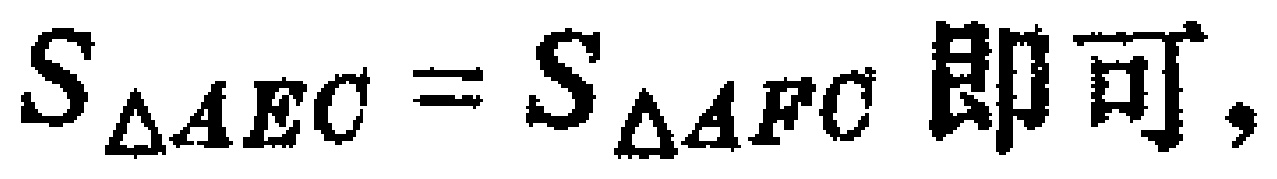
$S_{\triangle AEC}=S_{\triangle AFC} 即可,$